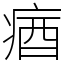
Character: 㾞